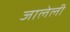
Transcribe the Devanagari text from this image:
जालेली